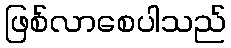
ဖြစ်လာစေပါသည်